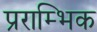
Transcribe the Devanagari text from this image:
प्रराम्भिक